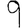
Digit: 9